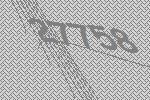
27758